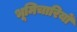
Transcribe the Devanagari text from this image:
भूमिचारियों